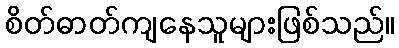
စိတ်ဓာတ်ကျနေသူများဖြစ်သည်။